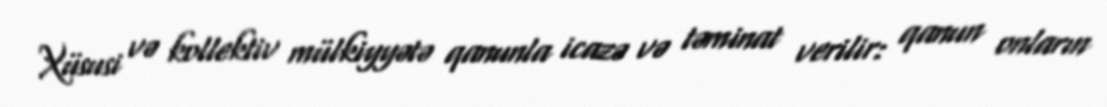
Xüsusi və kollektiv mülkiyyətə qanunla icazə və təminat verilir: qanun onların